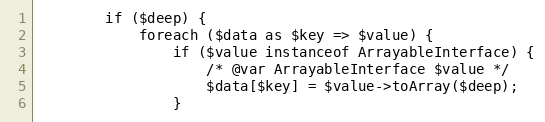
Language: PHP
        if ($deep) {
            foreach ($data as $key => $value) {
                if ($value instanceof ArrayableInterface) {
                    /* @var ArrayableInterface $value */
                    $data[$key] = $value->toArray($deep);
                }